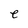
Character: e